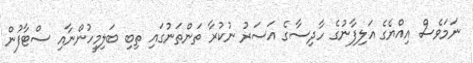
ނަމަވެސް އިއްޔެގެ އަލިފާނުގެ ހާދިސާގެ އަސަރު ނުކުރާ ތަންތަނުގައި ތިބި ބަލިމީހުންނާއި ސްޓާފުން